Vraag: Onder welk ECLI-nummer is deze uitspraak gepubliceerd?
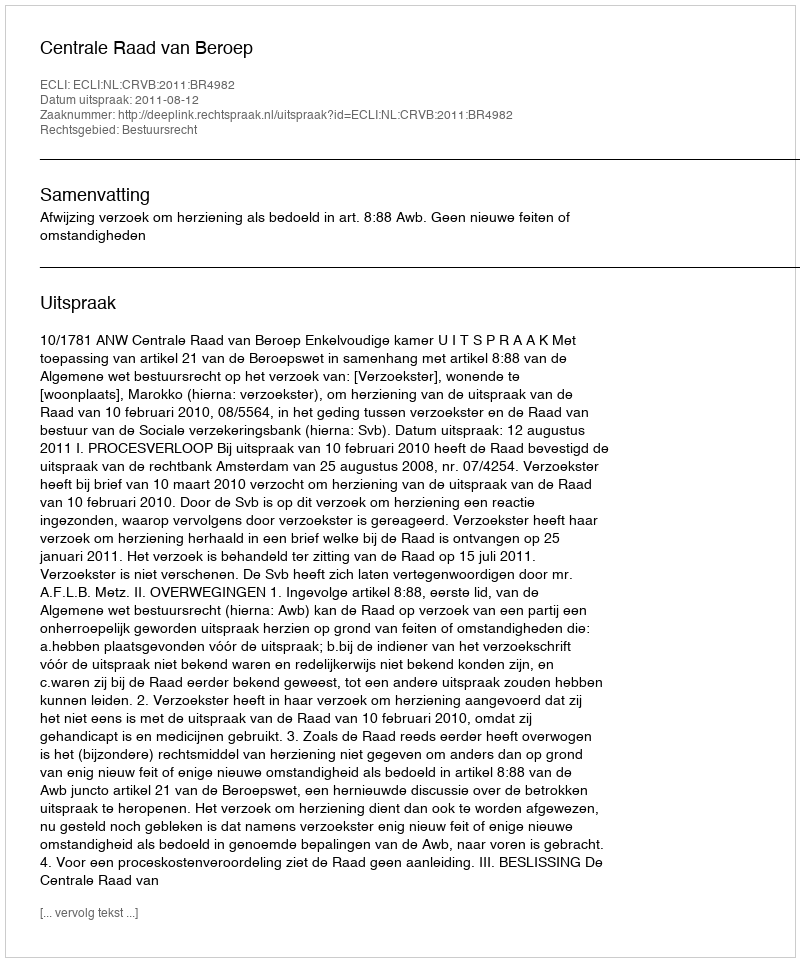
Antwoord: ECLI:NL:CRVB:2011:BR4982